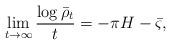
LaTeX: \begin{align*}\lim_{t \to \infty} \frac{\log \bar \rho_t}{t} = - \pi H - \bar \varsigma,\end{align*}